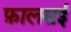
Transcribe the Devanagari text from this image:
फ़ालसई